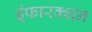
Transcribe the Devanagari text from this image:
इंफारक्शन